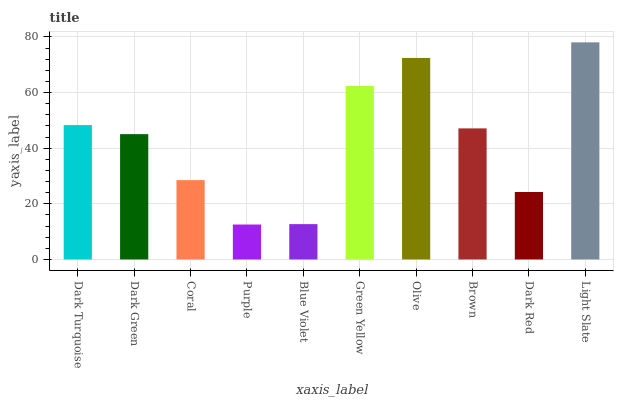
| xaxis_label | bars |
 | --- | --- |
 | Dark Turquoise | 48.3 |
 | Dark Green | 45 |
 | Coral | 28.5 |
 | Purple | 12.6 |
 | Blue Violet | 12.7 |
 | Green Yellow | 62.4 |
 | Olive | 72.4 |
 | Brown | 47.1 |
 | Dark Red | 24.2 |
 | Light Slate | 78 |